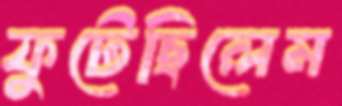
ফুটেছিলেম